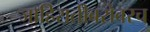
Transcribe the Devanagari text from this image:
जाहिरातीबरोबरच